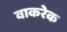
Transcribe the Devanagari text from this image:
वाकरेक